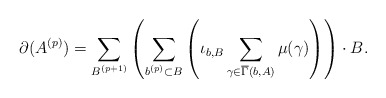
\begin{align*}\partial(A^{(p)})=\sum_{B^{(p+1)}}\left(\sum_{b^{(p)}\subset B} \left(\iota_{b,B} \sum_{\gamma\in\overline{\Gamma}(b,A)}\mu(\gamma)\right)\right)\cdot B.\end{align*}